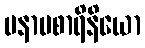
မနာပစာရိနိယော